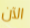
الآن